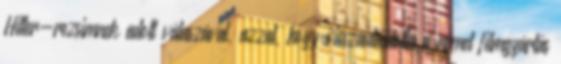
Hitler-rezsimnek adott válaszával, azzal, hogy visszautasította a német filmgyártás